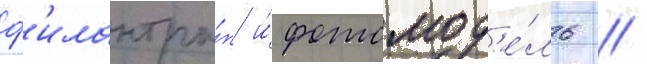
ф'илантро́п и́ фотомод'е́ль //